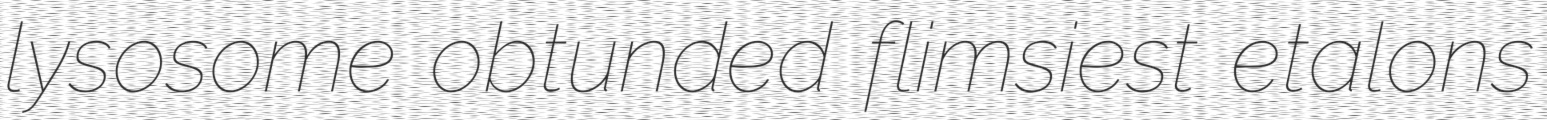
lysosome obtunded flimsiest etalons